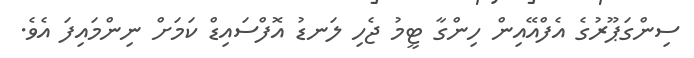
ސިންގަޕޫރުގެ އެފްއޭއިން ހިންގާ ޓީމު ޖެހި ލަނޑު އޮފްސައިޑް ކަމަށް ނިންމައިފަ އެވެ.